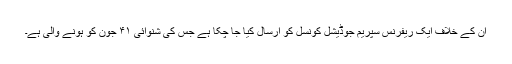
ان کے خلاف ایک ریفرنس سپریم جوڈیشل کونسل کو ارسال کیا جا چکا ہے جس کی شنوائی ۴۱ جون کو ہونے والی ہے۔